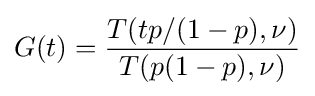
G(t)={\frac {T(tp/(1-p),\nu )}{T(p(1-p),\nu )}}